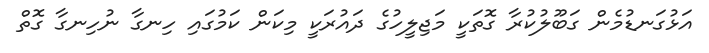
އަޅުގަނޑުމެން ގަބޫލުކުރާ ގޮތަކީ މަޖިލީހުގެ ދައުރަކީ މިކަން ކަމުގައި ހިނގާ ނުހިނގާ ގޮތް